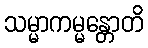
သမ္မာကမ္မန္တောတိ